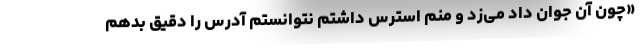
«چون آن جوان داد می‌زد و منم استرس داشتم نتوانستم آدرس را دقیق بدهم